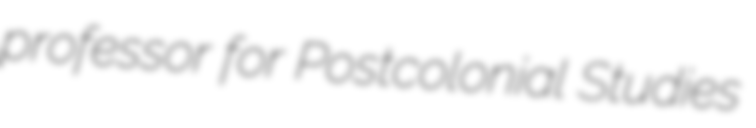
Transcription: professor for Postcolonial Studies